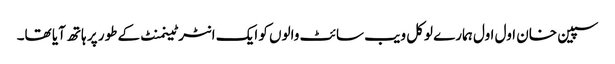
سپین خان اول اول ہمارے لوکل ویب سائٹ والوں کو ایک انٹرٹینمنٹ کے طور پر ہاتھ آیا تھا۔